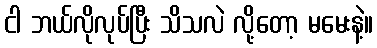
ငါ ဘယ်လိုလုပ်ပြီး သိသလဲ လို့တော့ မမေးနဲ့။